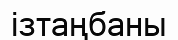
ізтаңбаны